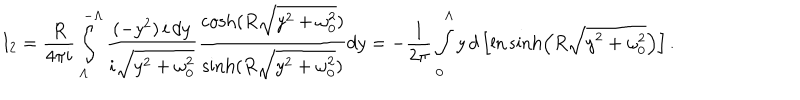
I _ { 2 } = \frac { R } { 4 \pi i } \int _ { \Lambda } ^ { - \Lambda } \frac { ( - y ^ { 2 } ) \, i \, d y } { i \sqrt { y ^ { 2 } + \omega _ { 0 } ^ { 2 } } } \frac { \cosh ( R \sqrt { y ^ { 2 } + \omega _ { 0 } ^ { 2 } } ) } { \sinh ( R \sqrt { y ^ { 2 } + \omega _ { 0 } ^ { 2 } } ) } d y = - \frac { 1 } { 2 \pi } \int _ { 0 } ^ { \Lambda } y \, d \left[ \ln \sinh \left( R \sqrt { y ^ { 2 } + \omega _ { 0 } ^ { 2 } } \right) \right] .